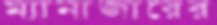
ম্যানাজারের